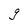
Character: g